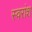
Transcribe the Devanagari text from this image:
स्वरांश